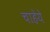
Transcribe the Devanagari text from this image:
चाहेये